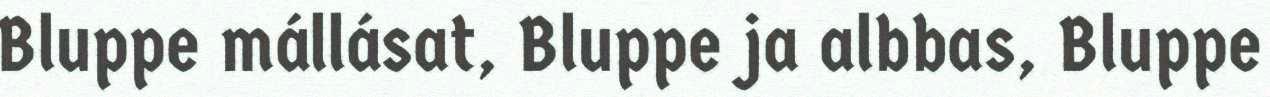
Bluppe mállásat, Bluppe ja albbas, Bluppe